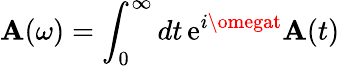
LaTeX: \mathbf{A}(\omega)=\int_{0}^{\infty}dt\, \mathrm{e}^{i\omegat}\mathbf{A}(t)